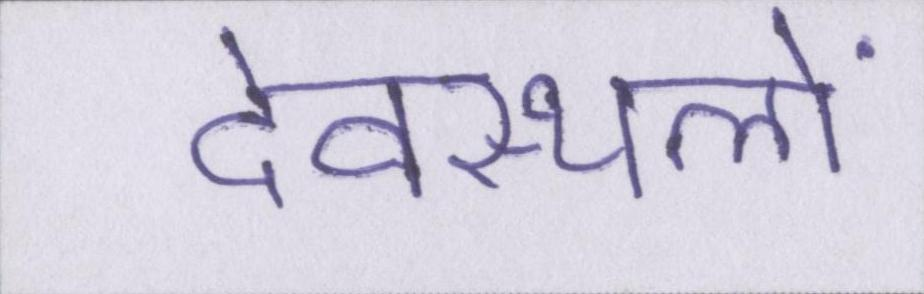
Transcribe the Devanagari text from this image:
देवस्थलों